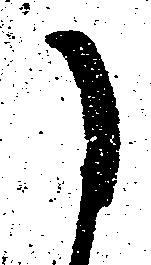
に